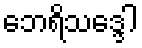
ဘေရိသဒ္ဒေါ